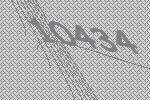
10434